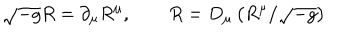
LaTeX: \sqrt { - g } R = \partial _ { \mu } R ^ { \mu } , \qquad R = D _ { \mu } \left( R ^ { \mu } / \sqrt { - g } \right)